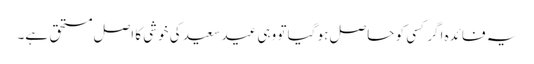
یہ فائدہ اگر کسی کو حاصل ہو گیا تو وہی عید سعید کی خوشی کا اصل مستحق ہے۔